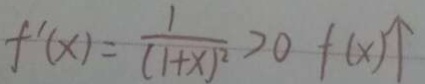
f ^ { \prime } ( x ) = \frac { 1 } { ( 1 + x ) ^ { 2 } } > 0 f ( x ) \uparrow